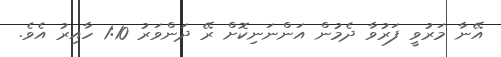
އޭނާ މަރުވީ ފަރުވާ ދެމުން އަންނަނިކޮށް ރޭ ދަންވަރު 1:10 ހާއިރު އެވެ.